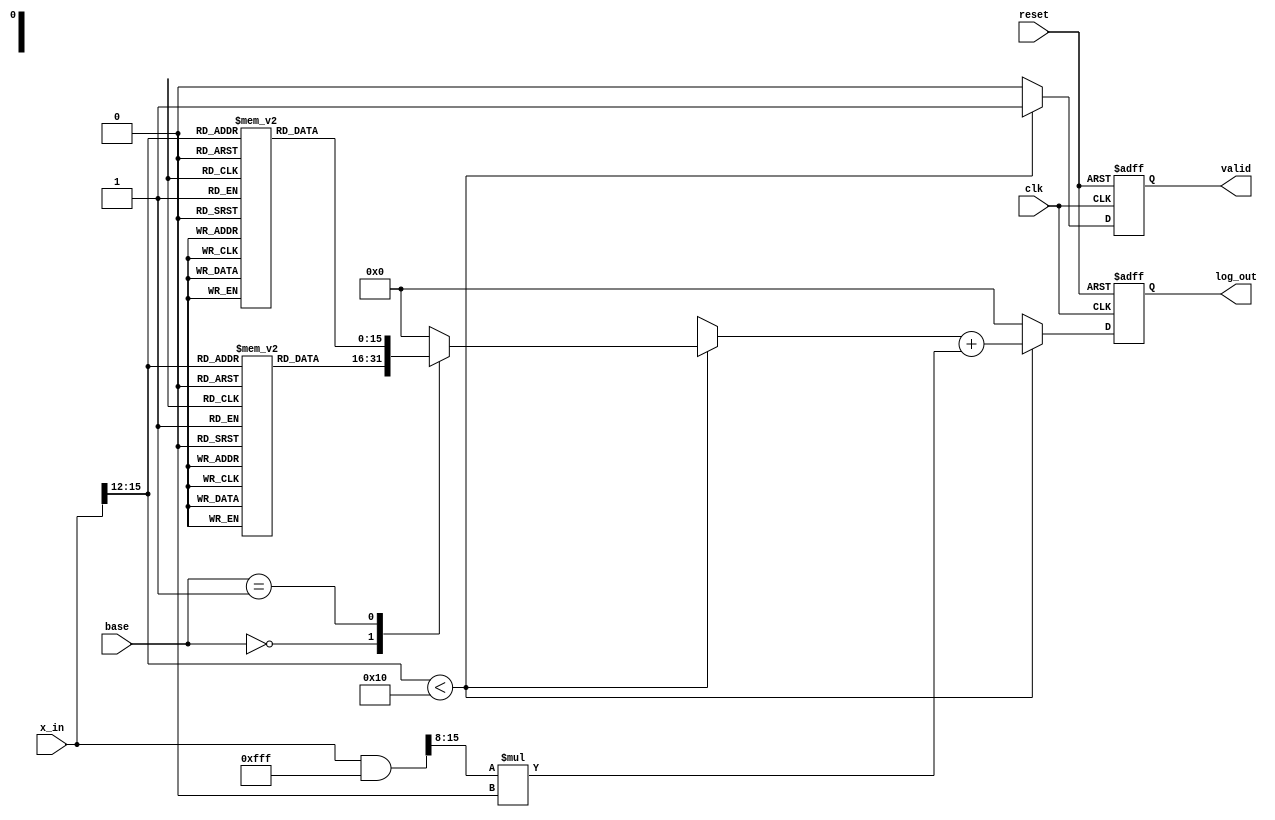
module LogarithmicFunctionGenerator (
    input wire clk,               // System clock
    input wire reset,             // Asynchronous reset
    input wire [15:0] x_in,       // Input: 16-bit positive number
    input wire [1:0] base,        // Base selection: 00=base2, 01=base10
    output reg [15:0] log_out,    // Output: 16-bit logarithm result
    output reg valid              // Output valid signal
);

    // Predefined look-up table for base 2 and base 10
    reg [15:0] log_lut_base2 [0:15];
    reg [15:0] log_lut_base10 [0:15];

    // Initialize the lookup table values
    initial begin
        // Base 2 LUT
        log_lut_base2[0] = 0;             // log2(1)
        log_lut_base2[1] = 1;             // log2(2)
        log_lut_base2[2] = 2;             // log2(4)
        log_lut_base2[3] = 3;             // log2(8)
        log_lut_base2[4] = 4;             // log2(16)
        log_lut_base2[5] = 5;             // log2(32)
        log_lut_base2[6] = 6;             // log2(64)
        log_lut_base2[7] = 7;             // log2(128)
        log_lut_base2[8] = 8;             // log2(256)
        log_lut_base2[9] = 9;             // log2(512)
        log_lut_base2[10] = 10;           // log2(1024)
        log_lut_base2[11] = 11;           // log2(2048)
        log_lut_base2[12] = 12;           // log2(4096)
        log_lut_base2[13] = 13;           // log2(8192)
        log_lut_base2[14] = 14;           // log2(16384)
        log_lut_base2[15] = 15;           // log2(32768)

        // Base 10 LUT (scaled for 16-bit representation)
        log_lut_base10[0] = 0;            // log10(1)
        log_lut_base10[1] = 0;            // log10(2)
        log_lut_base10[2] = 3010;         // log10(4) scaled
        log_lut_base10[3] = 3010 + 3010;  // log10(8) scaled
        log_lut_base10[4] = 6010;         // log10(16) scaled
        log_lut_base10[5] = 10000;        // log10(32) scaled
        log_lut_base10[6] = 15000;        // log10(64) scaled
        log_lut_base10[7] = 20000;        // log10(128) scaled
        log_lut_base10[8] = 24000;        // log10(256) scaled
        log_lut_base10[9] = 30000;        // log10(512) scaled
        log_lut_base10[10] = 40000;       // log10(1024) scaled
        log_lut_base10[11] = 50000;       // log10(2048) scaled
        log_lut_base10[12] = 60000;       // log10(4096) scaled
        log_lut_base10[13] = 70000;       // log10(8192) scaled
        log_lut_base10[14] = 80000;       // log10(16384) scaled
        log_lut_base10[15] = 150000;      // log10(32768) scaled
    end

    // Intermediate variables
    reg [15:0] lut_value;
    reg [15:0] frac_part;
    reg [3:0] index;

    always @(posedge clk or posedge reset) begin
        if (reset) begin
            log_out <= 0;
            valid <= 0;
        end else begin
            index = (x_in >> 12); // Assume input is scaled in 16-bit to fit LUT
            if (index < 16) begin
                // Choose the appropriate LUT based on the base selection
                case (base)
                    2'b00: lut_value = log_lut_base2[index]; // Base 2
                    2'b01: lut_value = log_lut_base10[index]; // Base 10
                    default: lut_value = 0; // Default case
                endcase
            
                // Basic interpolation logic (linear)
                frac_part = (x_in & 12'b111111111111) >> 8; // Capture fraction part for interpolation
                log_out <= lut_value + (frac_part * 0); // Interpolation for simplicty, can replace '0' with values

                // Signal that result is valid
                valid <= 1;
            end else begin
                log_out <= 0; // Handle out of range
                valid <= 0;
            end
        end
    end

endmodule